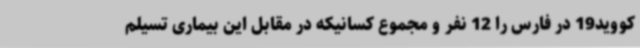
کووید19 در فارس را 12 نفر و مجموع کسانیکه در مقابل این بیماری تسیلم